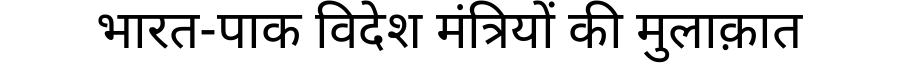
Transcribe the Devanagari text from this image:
भारत-पाक विदेश मंत्रियों की मुलाक़ात